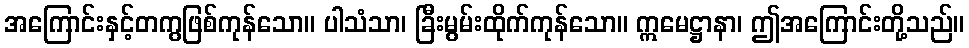
အကြောင်းနှင့်တကွဖြစ်ကုန်သော။ ပါသံသာ၊ ခြီးမွမ်းထိုက်ကုန်သော။ ဣမေဋ္ဌာနာ၊ ဤအကြောင်းတို့သည်။